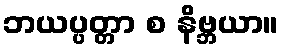
ဘယပ္ပတ္တာ စ နိဗ္ဘယာ။